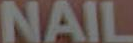
NAIL